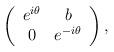
LaTeX: \begin{align*}\left(\begin{array}{cc}e^{i\theta} & b \\ 0 & e^{-i\theta} \end{array} \right) ,\end{align*}